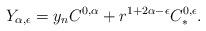
LaTeX: \begin{align*}Y_{\alpha,\epsilon} = y_n C^{0,\alpha} + r^{1+2\alpha- \epsilon} C_{\ast}^{0,\epsilon}.\end{align*}